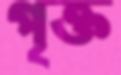
পৃক্ত